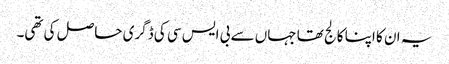
یہ ان کا اپنا کالج تھا جہاں سے بی ایس سی کی ڈگری حاصل کی تھی۔